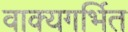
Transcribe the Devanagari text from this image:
वाक्यगर्भित